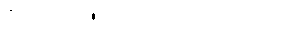
ဒီလောက်ပဲ၊ ခု ဒါတွေက ရိုးသွားပြီဗျ။